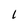
Character: l